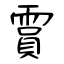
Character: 霣